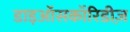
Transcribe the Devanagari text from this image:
डाइऑसकॉरिडीज़